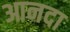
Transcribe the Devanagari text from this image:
आनदा